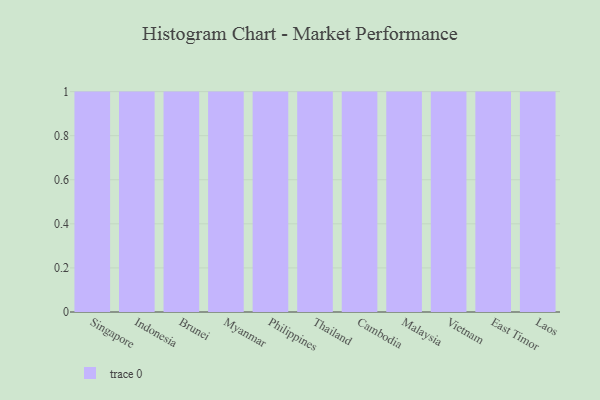
{"axis": {"x": "Country", "y": "Market Share (%)"}, "legend": [""], "data": [{"x": "Singapore", "y": 68, "type": ""}, {"x": "Indonesia", "y": 78, "type": ""}, {"x": "Brunei", "y": 53, "type": ""}, {"x": "Myanmar", "y": 88, "type": ""}, {"x": "Philippines", "y": 86, "type": ""}, {"x": "Thailand", "y": 7, "type": ""}, {"x": "Cambodia", "y": 45, "type": ""}, {"x": "Malaysia", "y": 38, "type": ""}, {"x": "Vietnam", "y": 68, "type": ""}, {"x": "East Timor", "y": 66, "type": ""}, {"x": "Laos", "y": 79, "type": ""}]}